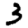
Digit: 3